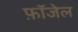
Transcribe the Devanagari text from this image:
फ़ॉजेल